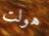
هولت